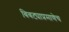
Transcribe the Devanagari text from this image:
बिबट्याप्रमाणेच